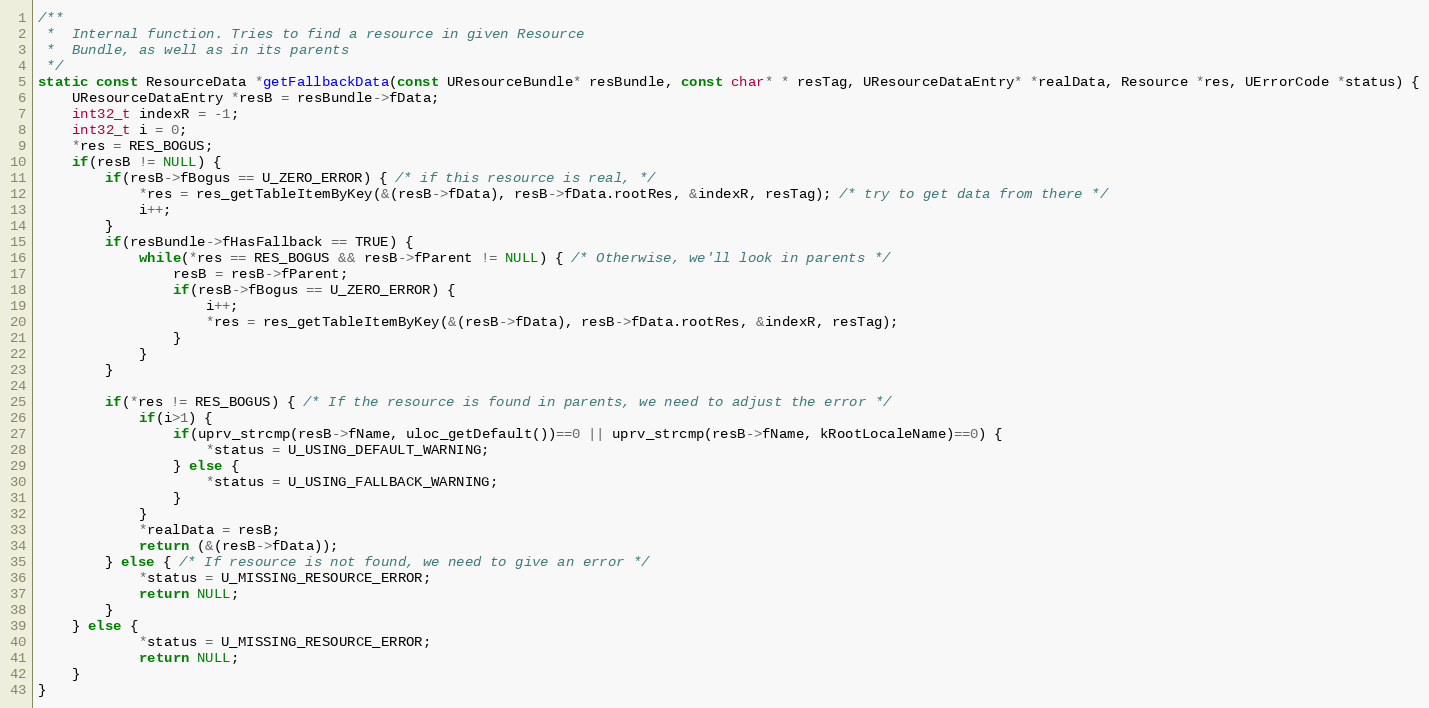
Language: C++
/**
 *  Internal function. Tries to find a resource in given Resource
 *  Bundle, as well as in its parents
 */
static const ResourceData *getFallbackData(const UResourceBundle* resBundle, const char* * resTag, UResourceDataEntry* *realData, Resource *res, UErrorCode *status) {
    UResourceDataEntry *resB = resBundle->fData;
    int32_t indexR = -1;
    int32_t i = 0;
    *res = RES_BOGUS;
    if(resB != NULL) {
        if(resB->fBogus == U_ZERO_ERROR) { /* if this resource is real, */
            *res = res_getTableItemByKey(&(resB->fData), resB->fData.rootRes, &indexR, resTag); /* try to get data from there */
            i++;
        }
        if(resBundle->fHasFallback == TRUE) {
            while(*res == RES_BOGUS && resB->fParent != NULL) { /* Otherwise, we'll look in parents */
                resB = resB->fParent;
                if(resB->fBogus == U_ZERO_ERROR) {
                    i++;
                    *res = res_getTableItemByKey(&(resB->fData), resB->fData.rootRes, &indexR, resTag);
                }
            }
        }

        if(*res != RES_BOGUS) { /* If the resource is found in parents, we need to adjust the error */
            if(i>1) {
                if(uprv_strcmp(resB->fName, uloc_getDefault())==0 || uprv_strcmp(resB->fName, kRootLocaleName)==0) {
                    *status = U_USING_DEFAULT_WARNING;
                } else {
                    *status = U_USING_FALLBACK_WARNING;
                }
            }
            *realData = resB;
            return (&(resB->fData));
        } else { /* If resource is not found, we need to give an error */
            *status = U_MISSING_RESOURCE_ERROR;
            return NULL;
        }
    } else {
            *status = U_MISSING_RESOURCE_ERROR;
            return NULL;
    }
}